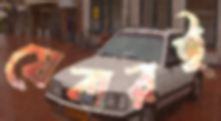
যেবারই